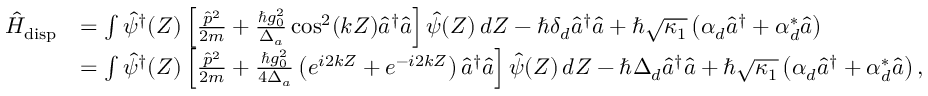
\begin{array} { r l } { \hat { H } _ { \mathrm { d i s p } } } & { = \int \hat { \psi } ^ { \dagger } ( Z ) \left[ \frac { \hat { p } ^ { 2 } } { 2 m } + \frac { \hbar g _ { 0 } ^ { 2 } } { \Delta _ { a } } \cos ^ { 2 } ( k Z ) \hat { a } ^ { \dagger } \hat { a } \right] \hat { \psi } ( Z ) \, d Z - \hbar \delta _ { d } \hat { a } ^ { \dagger } \hat { a } + \hbar \sqrt { \kappa _ { 1 } } \left( \alpha _ { d } \hat { a } ^ { \dagger } + \alpha _ { d } ^ { * } \hat { a } \right) } \\ & { = \int \hat { \psi } ^ { \dagger } ( Z ) \left[ \frac { \hat { p } ^ { 2 } } { 2 m } + \frac { \hbar g _ { 0 } ^ { 2 } } { 4 \Delta _ { a } } \left( e ^ { i 2 k Z } + e ^ { - i 2 k Z } \right) \hat { a } ^ { \dagger } \hat { a } \right] \hat { \psi } ( Z ) \, d Z - \hbar \Delta _ { d } \hat { a } ^ { \dagger } \hat { a } + \hbar \sqrt { \kappa _ { 1 } } \left( \alpha _ { d } \hat { a } ^ { \dagger } + \alpha _ { d } ^ { * } \hat { a } \right) , } \end{array}